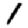
Digit: 1